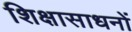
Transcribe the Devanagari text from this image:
शिक्षासाधनों